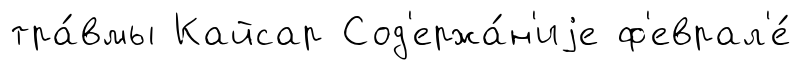
тра́вмы Кайсар Сод'ержа́н'иjе ф'еврал'е́